画像に写った文字を読んでください
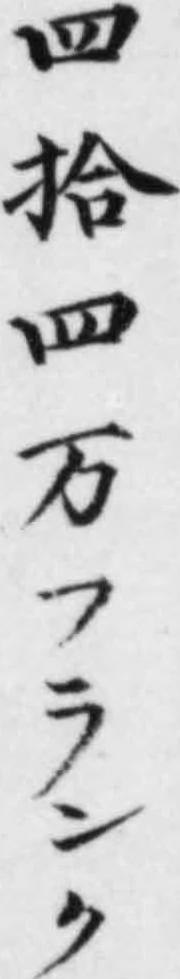
「四拾四万フランク」と書いてあります